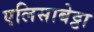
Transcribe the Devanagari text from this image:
एलिसाबेट्टा